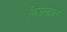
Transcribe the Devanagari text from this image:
फिसलाकर